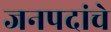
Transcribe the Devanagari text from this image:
जनपदांचे